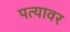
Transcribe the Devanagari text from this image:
पत्‍यावर